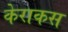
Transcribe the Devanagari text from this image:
केराकस